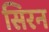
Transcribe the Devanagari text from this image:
सिरन